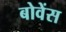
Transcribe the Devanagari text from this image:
बोवेंस